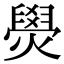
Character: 燢